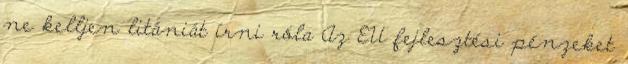
ne kelljen litániát írni róla Az EU fejlesztési pénzeket